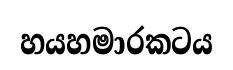
හයහමාරකටය